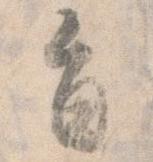
旨